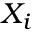
X _ { i }